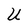
Character: U